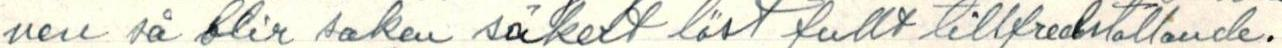
nen så blir saken såkert löst fullt tillfredställande.